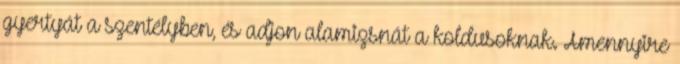
gyertyát a szentélyben, és adjon alamizsnát a koldusoknak. Amennyire